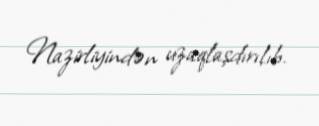
Nazirliyindən uzaqlaşdırılıb.